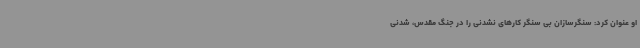
او عنوان کرد: سنگرسازان بی سنگر کارهای نشدنی را در جنگ مقدس، شدنی